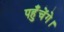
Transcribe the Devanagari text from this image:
पहुँचेंगे।